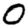
Digit: 0